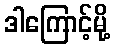
ဒါကြောင့်မို့